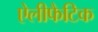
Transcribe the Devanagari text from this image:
ऐलीफैटिक